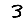
Digit: 3